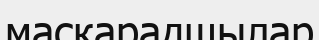
маскарадшылар